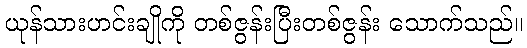
ယုန်သားဟင်းချိုကို တစ်ဇွန်းပြီးတစ်ဇွန်း သောက်သည်။